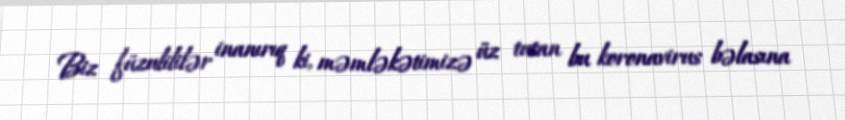
Biz füzulililər inanırıq ki, məmləkətimizə üz tutan bu koronavirus bəlasına